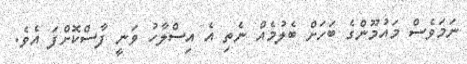
ނަމަވެސް މައުމޫންގެ ބަހަށް ބެލުމެއް ނެތި އެ އިސްލާހު ވަނީ ފާސްކޮށްފަ އެވެ.